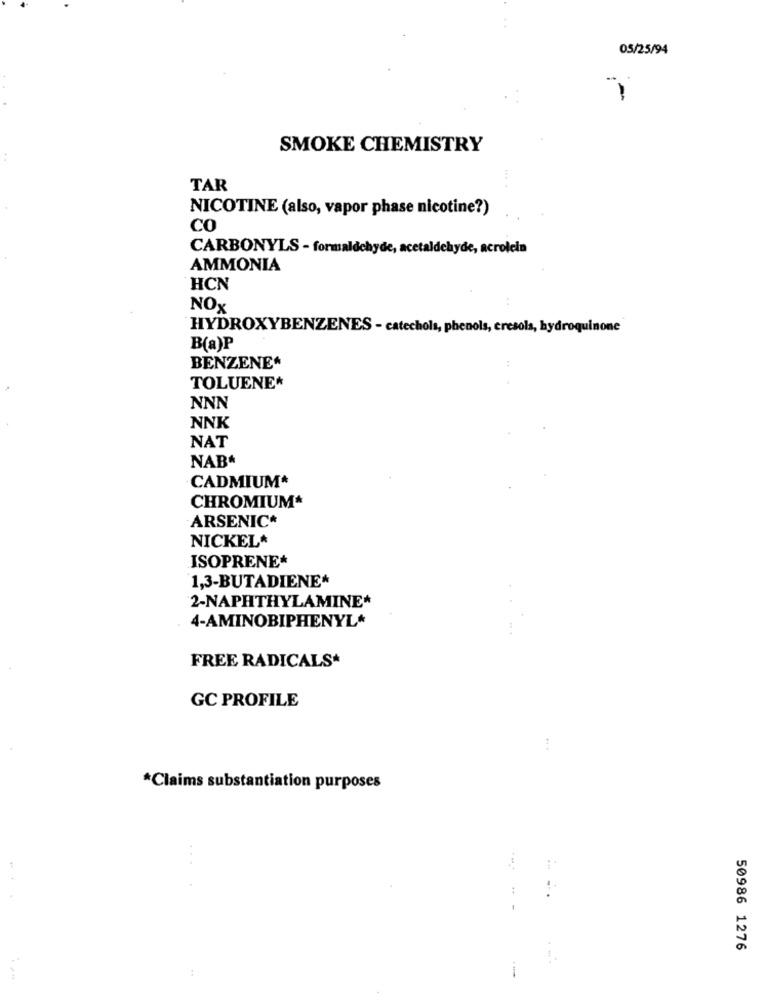
05/25/94
-
SMOKE CHEMISTRY
TAR
NICOTINE (also, vapor phase nicotine?)
CO
CARBONYLS - formaldehyde, acetaldehyde, acrolein
AMMONIA
HCN
NOX
HYDROXYBENZENES - catechols, phenols, cresols, hydroquinone
B(a)P
BENZENE*
TOLUENE*
NNN
NNK
NAT
NAB
CADMIUM*
CHROMIUM*
ARSENIC*
NICKEL*
ISOPRENE*
1,3-BUTADIENE*
2-NAPHTHYLAMINE*
4-AMINOBIPHENYL*
FREE RADICALS*
GC PROFILE
:
*Claims substantiation purposes
...
50986 1276
: